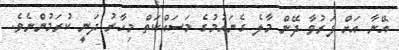
އޭނާ އަށް ފަރުވާ ދޭން މާލެ ގެނައުމުގެ މަސައްކަތް މިހާރު ދަނީ ކުރަމުންނެވެ.